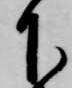
下